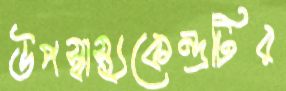
উপস্বাস্থ্যকেন্দ্রটির